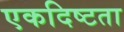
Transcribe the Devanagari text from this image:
एकदिष्टता